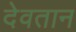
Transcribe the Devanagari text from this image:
देवतान